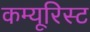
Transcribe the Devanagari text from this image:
कम्यूरिस्ट